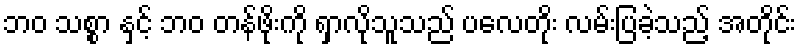
ဘဝ သစ္စာ နှင့် ဘဝ တန်ဖိုးကို ရှာလိုသူသည် ပလေတိုး လမ်းပြခဲ့သည့် အတိုင်း